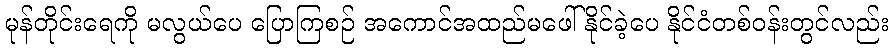
မုန်တိုင်းရေကို မလွယ်ပေ ပြောကြစဉ် အကောင်အထည်မဖေါ်နိုင်ခဲ့ပေ နိုင်ငံတစ်ဝန်းတွင်လည်း